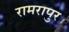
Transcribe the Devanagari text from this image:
रामरापुर